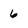
Character: 6